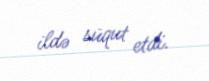
ildə süqut etdi.